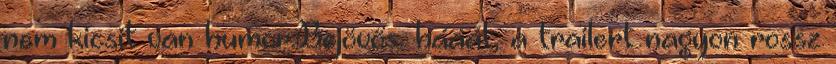
nem kicsit van humor.Bejövős. hááát, a trailert nagyon rossz